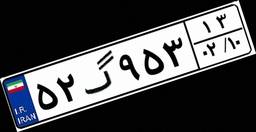
۵۲گ۹۵۳۱۳